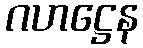
ဂဟဋ္ဌေန